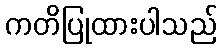
ကတိပြုထားပါသည်